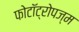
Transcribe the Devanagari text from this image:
फोटॉट्रोपज्म